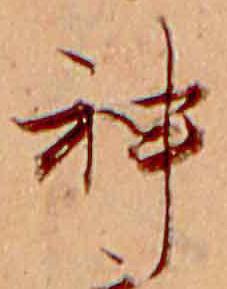
神